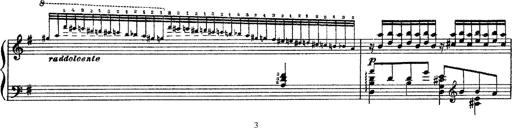
Title: 3 sonetti di Petrarca
Composer: Franz Liszt